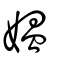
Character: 媼